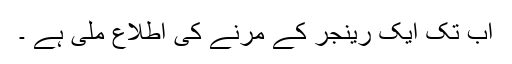
اب تک ایک رینجر کے مرنے کی اطلاع ملی ہے ۔